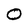
Character: O